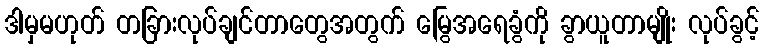
ဒါမှမဟုတ် တခြားလုပ်ချင်တာတွေအတွက် မြွေအရေခွံကို ခွာယူတာမျိုး လုပ်ခွင့်